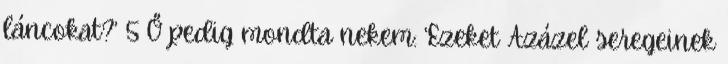
láncokat?’ 5 Ő pedig mondta nekem: ‘Ezeket Azázel seregeinek